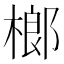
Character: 榔